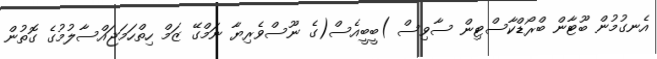
އެނގުމުން ބޫޓާން ބްރޯޑްކާސްޓިން ސާވިސް )ބީބީއެސް(ގެ ނޫސްވެރިޔާ ނަމްގޭ ޒަމް ހިތްހަމަޖައްސާލުމުގެ ގޮތުން